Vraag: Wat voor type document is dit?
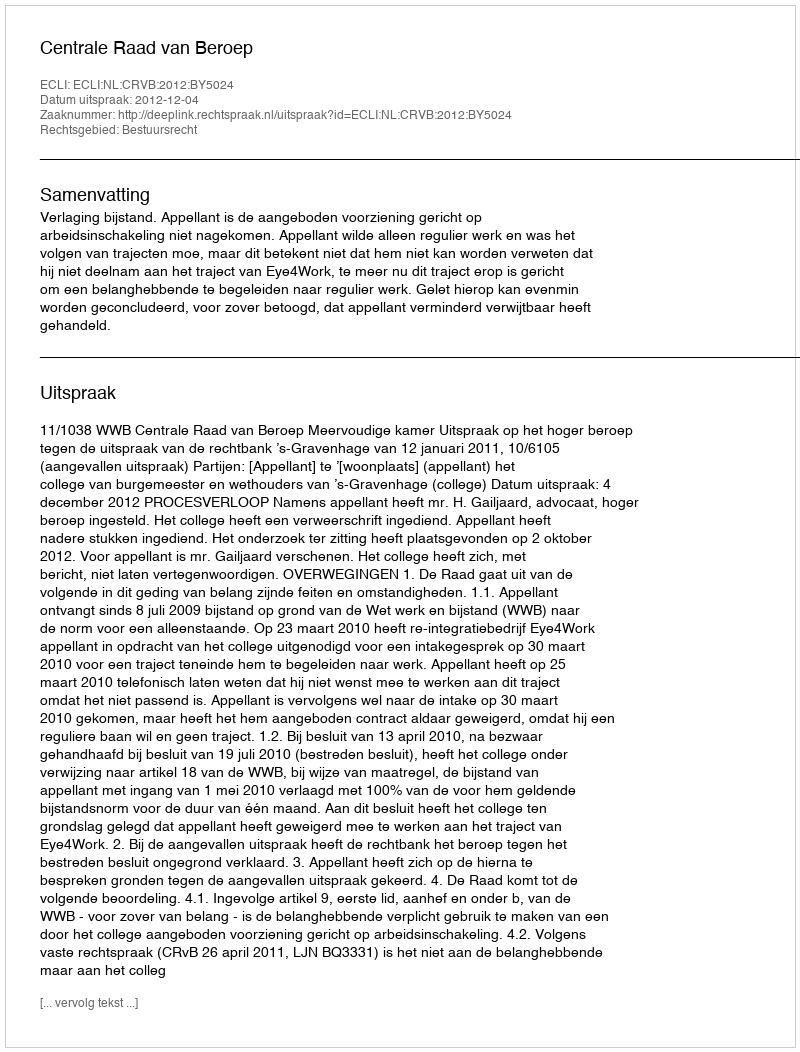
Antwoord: Uitspraak